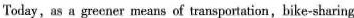
Today,as a greener means of transportation,bike-sharing